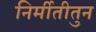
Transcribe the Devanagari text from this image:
निर्मीतीतुन